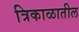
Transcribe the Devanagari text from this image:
त्रिकाळातील